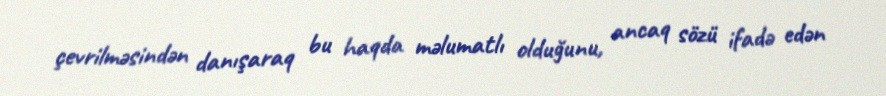
çevrilməsindən danışaraq bu haqda məlumatlı olduğunu, ancaq sözü ifadə edən